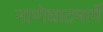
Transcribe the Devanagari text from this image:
नाणेघाटमार्गे